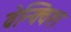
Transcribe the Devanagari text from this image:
वेन्क्विश